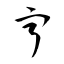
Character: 亨